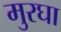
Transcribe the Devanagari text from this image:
मुरघा